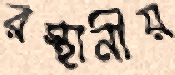
রস্থানীয়